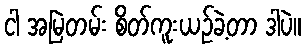
ငါ အမြဲတမ်း စိတ်ကူးယဉ်ခဲ့တာ ဒါပဲ။